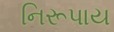
નિરૂપાય